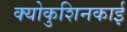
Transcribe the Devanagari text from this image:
क्योकुशिनकाई